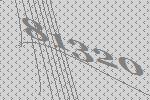
81320